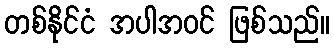
တစ်နိုင်ငံ အပါအဝင် ဖြစ်သည်။